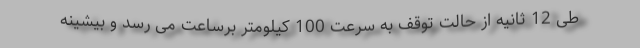
طی 12 ثانیه از حالت توقف به سرعت 100 کیلومتر برساعت می رسد و بیشینه